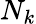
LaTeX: N_{k}